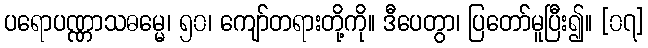
ပရောပဏ္ဏာသဓမ္မေ၊ ၅၀၊ ကျော်တရားတို့ကို။ ဒီပေတွာ၊ ပြတော်မူပြီး၍။ [၀၇]